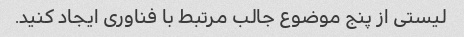
لیستی از پنج موضوع جالب مرتبط با فناوری ایجاد کنید.